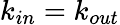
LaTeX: k_{in}=k_{out}